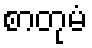
စာတုမံ